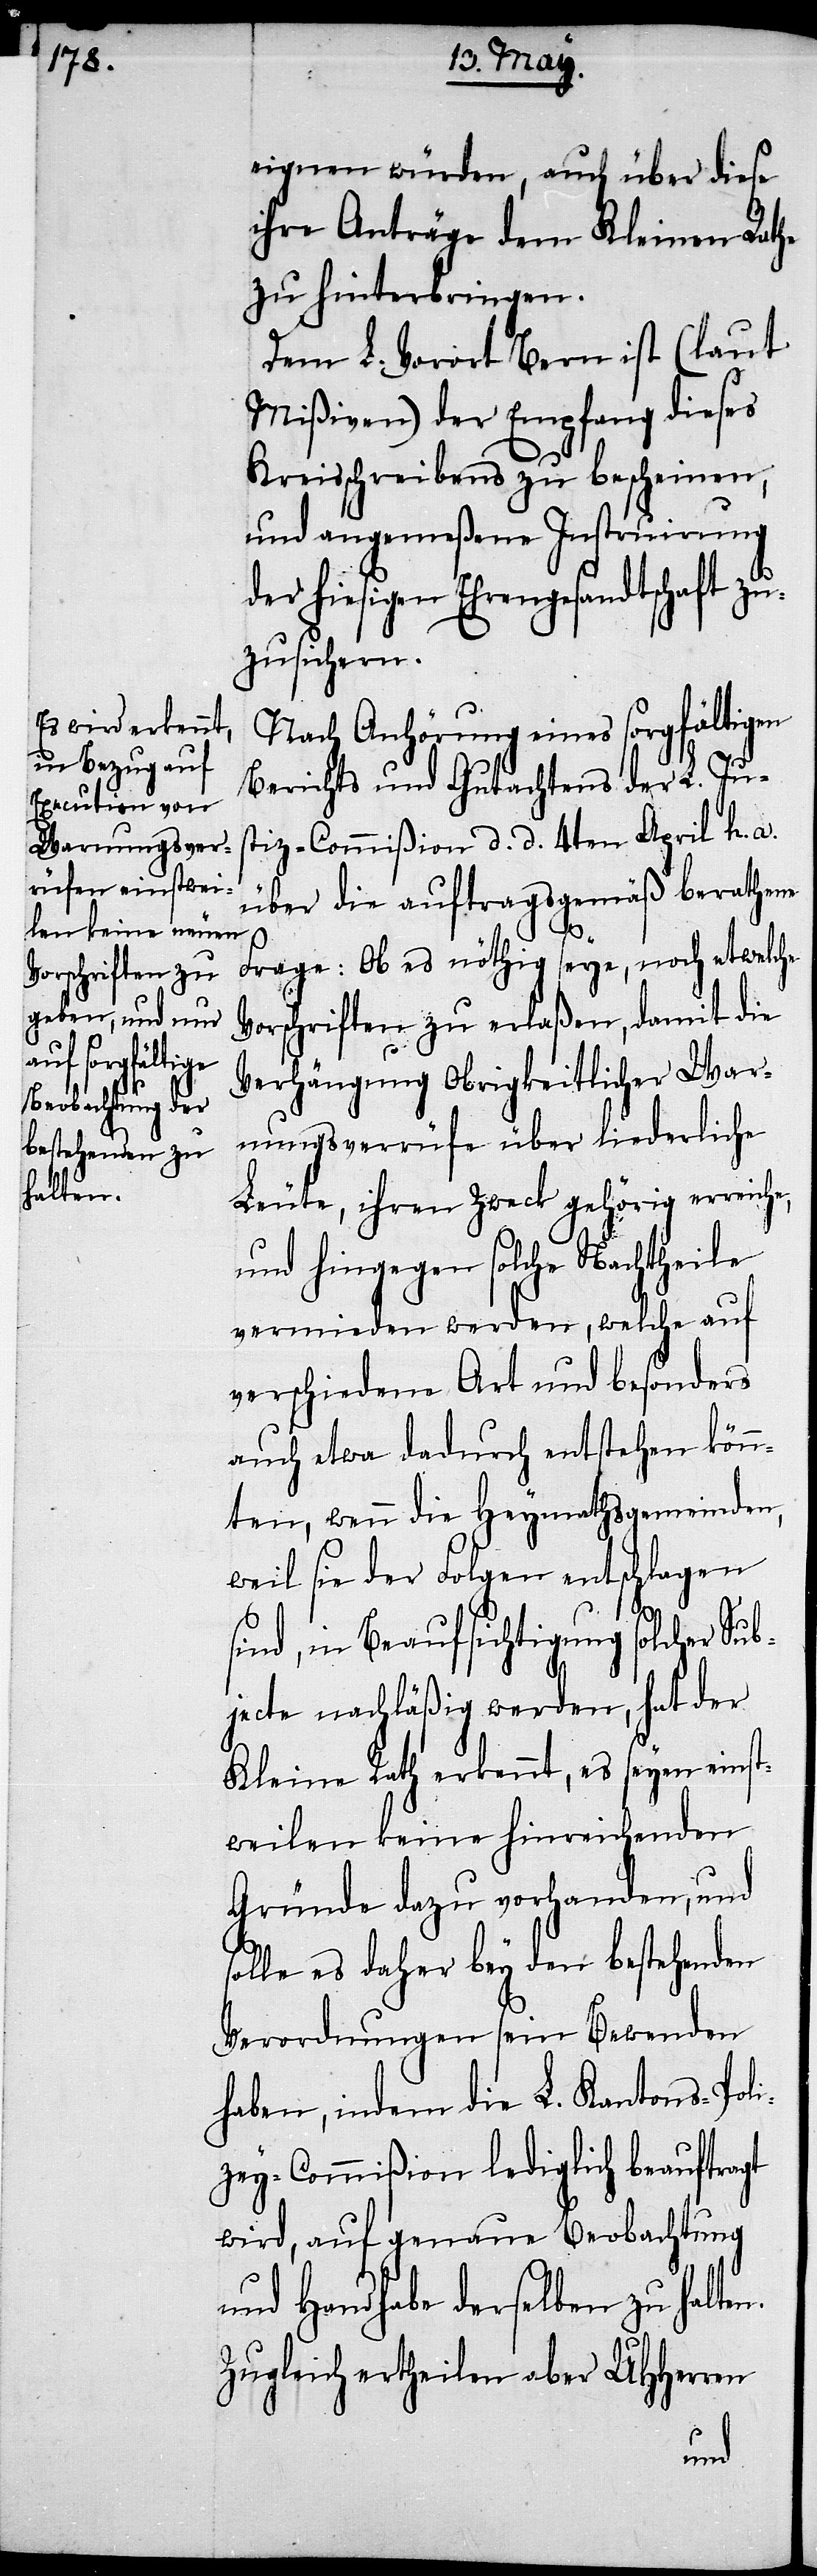
eignen würden, auch über diese
ihre Anträge dem Kleinen Rathe
zu hinterbringen.
Dem L. Vorort Bern ist (laut
Mißiven) der Empfang dieses
Kreisschreibens zu bescheinen,
und angemeßene Instruirung
der hiesigen Ehrengesandtschaft zu¬
zusichern.
Nach Anhörung eines sorgfältigen
Berichts und Gutachtens der L. Jus¬
tiz-Commißion d. d. 4ten April h. a.
über die auftragsgemäß berathene
s¬
Frage: Ob es nöthig seye, noch etwelche
Vorschriften zu erlaßen, damit die
Verhängung Obrigkeitlicher War¬
nungsverrüfe über liederliche
Leute, ihren Zweck gehörig erreiche,
und hingegen solche Nachtheile
vermieden werden, welche auf
verschiedene Art und besonders
auch etwa dadurch entstehen könn¬
weil sie der Folgen entschlagen
sind, in Beaufsichtigung solcher Sub¬
jecte nachläßig werden, hat der
Kleine Rath erkennt, es seyen einst¬
weilen keine hinreichenden
Gründe dazu vorhanden, und
olle es daher bey den bestehenden
Verordnungen sein Bewenden
haben, indem die L. Kantons-Pol¬
izey-Commißion lediglich beauftragt
wird, auf genaue Beobachtung
und Handhabe derselben zu halten.
Zugleich ertheilen aber UHHerren
ten,